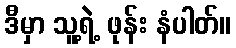
ဒီမှာ သူ့ရဲ့ ဖုန်း နံပါတ်။